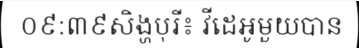
០៩:៣៩សិង្ហបុរី៖ វីដេអូមួយបាន